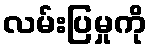
လမ်းပြမှုကို